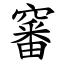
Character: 䆺